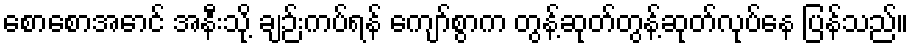
စောစောအောင် အနီးသို့ ချဉ်းကပ်ရန် ကျော်စွာက တွန့်ဆုတ်တွန့်ဆုတ်လုပ်နေ ပြန်သည်။